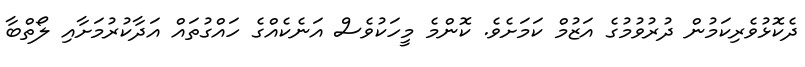
ދެކޮޅުވެރިކަމުން ދުރުވުމުގެ އަޒުމް ކަމަށެވެ. ކޮންމެ މީހަކުވެސް އަނެކެއްގެ ހައްގުތައް އަަދާކުރުމަށާއި ލޯތްބާ